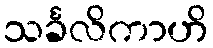
သင်္ခလိကာဟိ